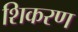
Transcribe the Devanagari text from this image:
शिकरण